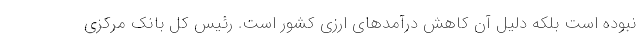
نبوده است بلکه دلیل آن کاهش درآمدهای ارزی کشور است. رئیس کل بانک مرکزی